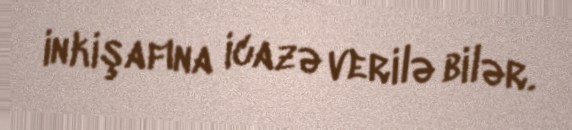
inkişafına icazə verilə bilər.